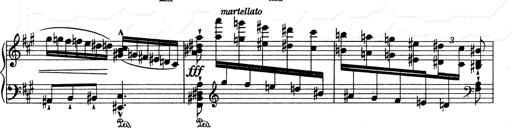
Title: RÃ©miniscences de Don Juan
Composer: Franz Liszt